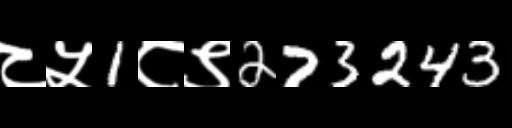
Text: ८५1८९273243